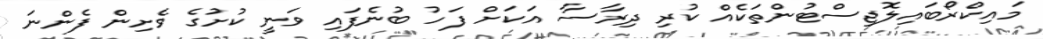
މައިކްރޯބައިލޮޖިސްޓުންތަކެއް ކުރި ދިރާސާ އަކަށް ފަހު ބުނެފައި ވަނީ ކުށުގެ ވެށިން ފެންނަ